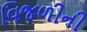
વિજળીની